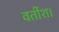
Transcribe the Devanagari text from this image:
वर्तीश।